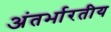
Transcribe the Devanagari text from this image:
अंतर्भारतीय